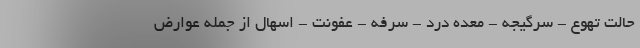
حالت تهوع - سرگیجه - معده درد - سرفه - عفونت - اسهال از جمله عوارض